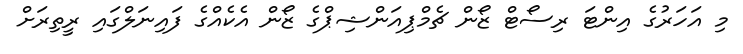
މި އަހަރުގެ އިންޓަ ރިސޯޓް ޒޯން ޗެމްޕިއަންޝިޕްގެ ޒޯން އެކެއްގެ ފައިނަލްގައި ރީތިރަށް